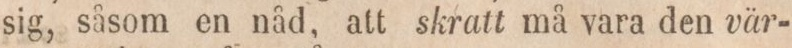
sig, såsom en nåd, att skratt må vara den vär-